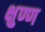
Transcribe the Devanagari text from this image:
क्षुण्ण